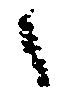
之